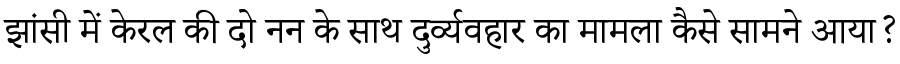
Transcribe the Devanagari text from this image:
झांसी में केरल की दो नन के साथ दुर्व्यवहार का मामला कैसे सामने आया?